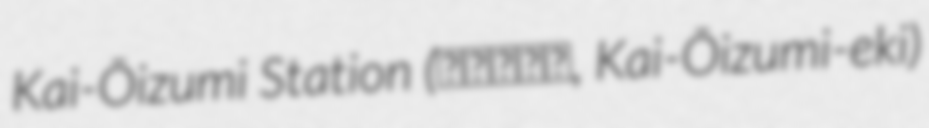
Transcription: Kai-Ōizumi Station (甲斐大泉駅, Kai-Ōizumi-eki)